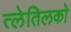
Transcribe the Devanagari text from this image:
त्लेतिलको